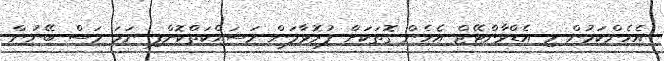
އެހެންކަމުން މި އެޑްވާންޓޭޖް އެހެން ގޮތަކަށް ފުރޮޅާލަން މަސައްކަތްކޮށްފި ނަމަ މަސް ބޭނުން